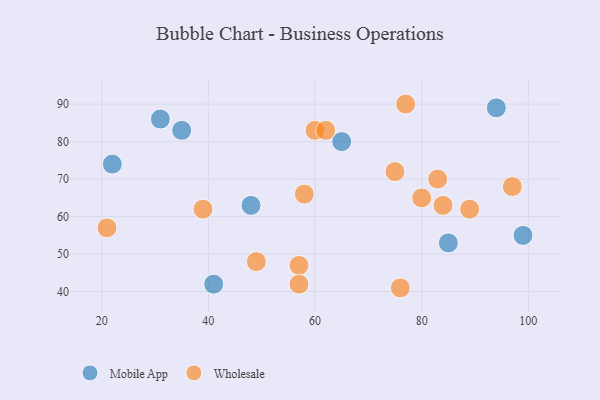
{"axis": {"x": "GDP", "y": "Life Expectancy"}, "legend": ["Mobile App", "Wholesale"], "data": [{"x": "48", "y": 63, "type": "Mobile App"}, {"x": "99", "y": 55, "type": "Mobile App"}, {"x": "65", "y": 80, "type": "Mobile App"}, {"x": "31", "y": 86, "type": "Mobile App"}, {"x": "35", "y": 83, "type": "Mobile App"}, {"x": "22", "y": 74, "type": "Mobile App"}, {"x": "94", "y": 89, "type": "Mobile App"}, {"x": "41", "y": 42, "type": "Mobile App"}, {"x": "85", "y": 53, "type": "Mobile App"}, {"x": "84", "y": 63, "type": "Wholesale"}, {"x": "76", "y": 41, "type": "Wholesale"}, {"x": "57", "y": 47, "type": "Wholesale"}, {"x": "97", "y": 68, "type": "Wholesale"}, {"x": "49", "y": 48, "type": "Wholesale"}, {"x": "21", "y": 57, "type": "Wholesale"}, {"x": "57", "y": 42, "type": "Wholesale"}, {"x": "75", "y": 72, "type": "Wholesale"}, {"x": "77", "y": 90, "type": "Wholesale"}, {"x": "60", "y": 83, "type": "Wholesale"}, {"x": "58", "y": 66, "type": "Wholesale"}, {"x": "83", "y": 70, "type": "Wholesale"}, {"x": "80", "y": 65, "type": "Wholesale"}, {"x": "89", "y": 62, "type": "Wholesale"}, {"x": "62", "y": 83, "type": "Wholesale"}, {"x": "39", "y": 62, "type": "Wholesale"}]}